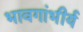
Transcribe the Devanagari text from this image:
भावगांभीर्य